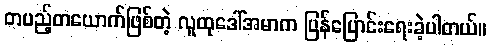
တပည့်တယောက်ဖြစ်တဲ့ လူထုဒေါ်အမာက ပြန်ပြောင်းရေးခဲ့ပါတယ်။